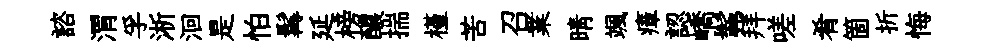
諮渭孚淅洄是怕髯延榜醲揣槿苦召業晴颯瘴認嶠髴拜嗟肴箇折悔